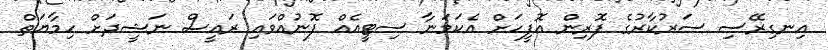
އިނގިރޭސި ސަރުކާރުގެ ފޮރިން އޮފީހަށް އެކަމަނާ ސިޓީއެއް ފޮނުއްވައި ރައީސް ނަޝީދަށް ހިމާޔަތް